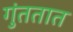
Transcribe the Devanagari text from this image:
गुंततात